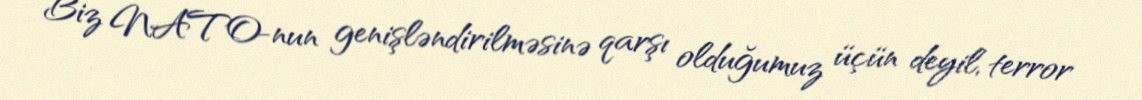
Biz NATO-nun genişləndirilməsinə qarşı olduğumuz üçün deyil, terror